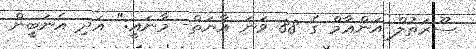
ސޫރަތުލް އަންޢާމް ގެ 88 ވަނަ އާޔަތް- މާނައީ:" އަދި އެނަބީން